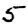
Digit: 5